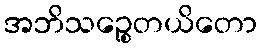
အဘိသဉ္စေတယိတော